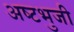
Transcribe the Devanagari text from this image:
अष्‍टभुजी